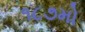
૧૮૭મો